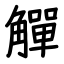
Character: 觶